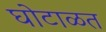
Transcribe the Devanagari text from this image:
घोटाळत